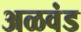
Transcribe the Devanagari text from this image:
अळवंड